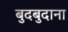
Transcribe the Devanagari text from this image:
बुदबुदाना